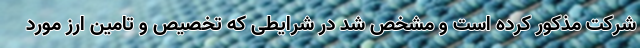
شرکت مذکور کرده است و مشخص شد در شرایطی که تخصیص و تامین ارز مورد